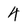
Character: 4